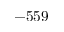
- 5 5 9